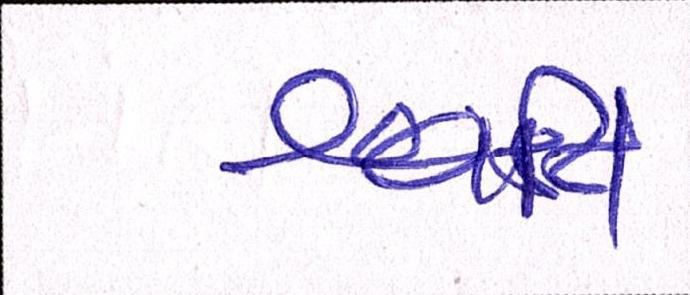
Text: શ્રુતિ